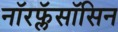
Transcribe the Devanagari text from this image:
नॉरफ्लॅसॉसिन